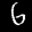
Label: 6